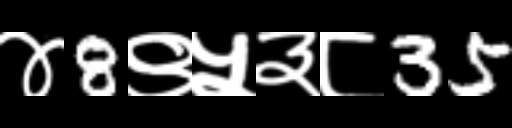
Text: ४8९५३८35